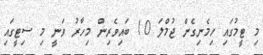
މި ޓީމުގައި ހިމެނިގެން ޖުމްލަ 10 ބައިވެރިން މިހާރު ވަނީ މި ސިޓީގައި